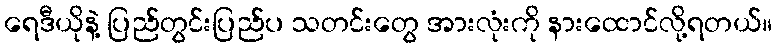
ရေဒီယိုနဲ့ ပြည်တွင်းပြည်ပ သတင်းတွေ အားလုံးကို နားထောင်လို့ရတယ်။